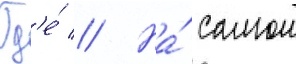
Гд'е́ // На́ самом